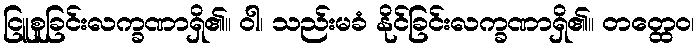
ငြူစူခြင်းလက္ခဏာရှိ၏။ ဝါ၊ သည်းမခံ နိုင်ခြင်းလက္ခဏာရှိ၏။ တတ္ထေဝ၊